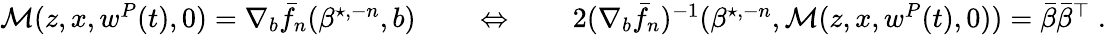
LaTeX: \begin{array}{r}{\mathcal{M}(z,x,w^{P}(t),0)=\nabla_{b}\bar{f}_{n}(\beta^{\star,-n},b)\quad\quad\Leftrightarrow\quad\quad 2(\nabla_{b}\bar{f}_{n})^{-1}(\beta^{\star,-n},\mathcal{M}(z,x,w^{P}(t),0))=\bar{\beta}\bar{\beta}^{\top}\; .}\end{array}